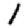
Digit: 1